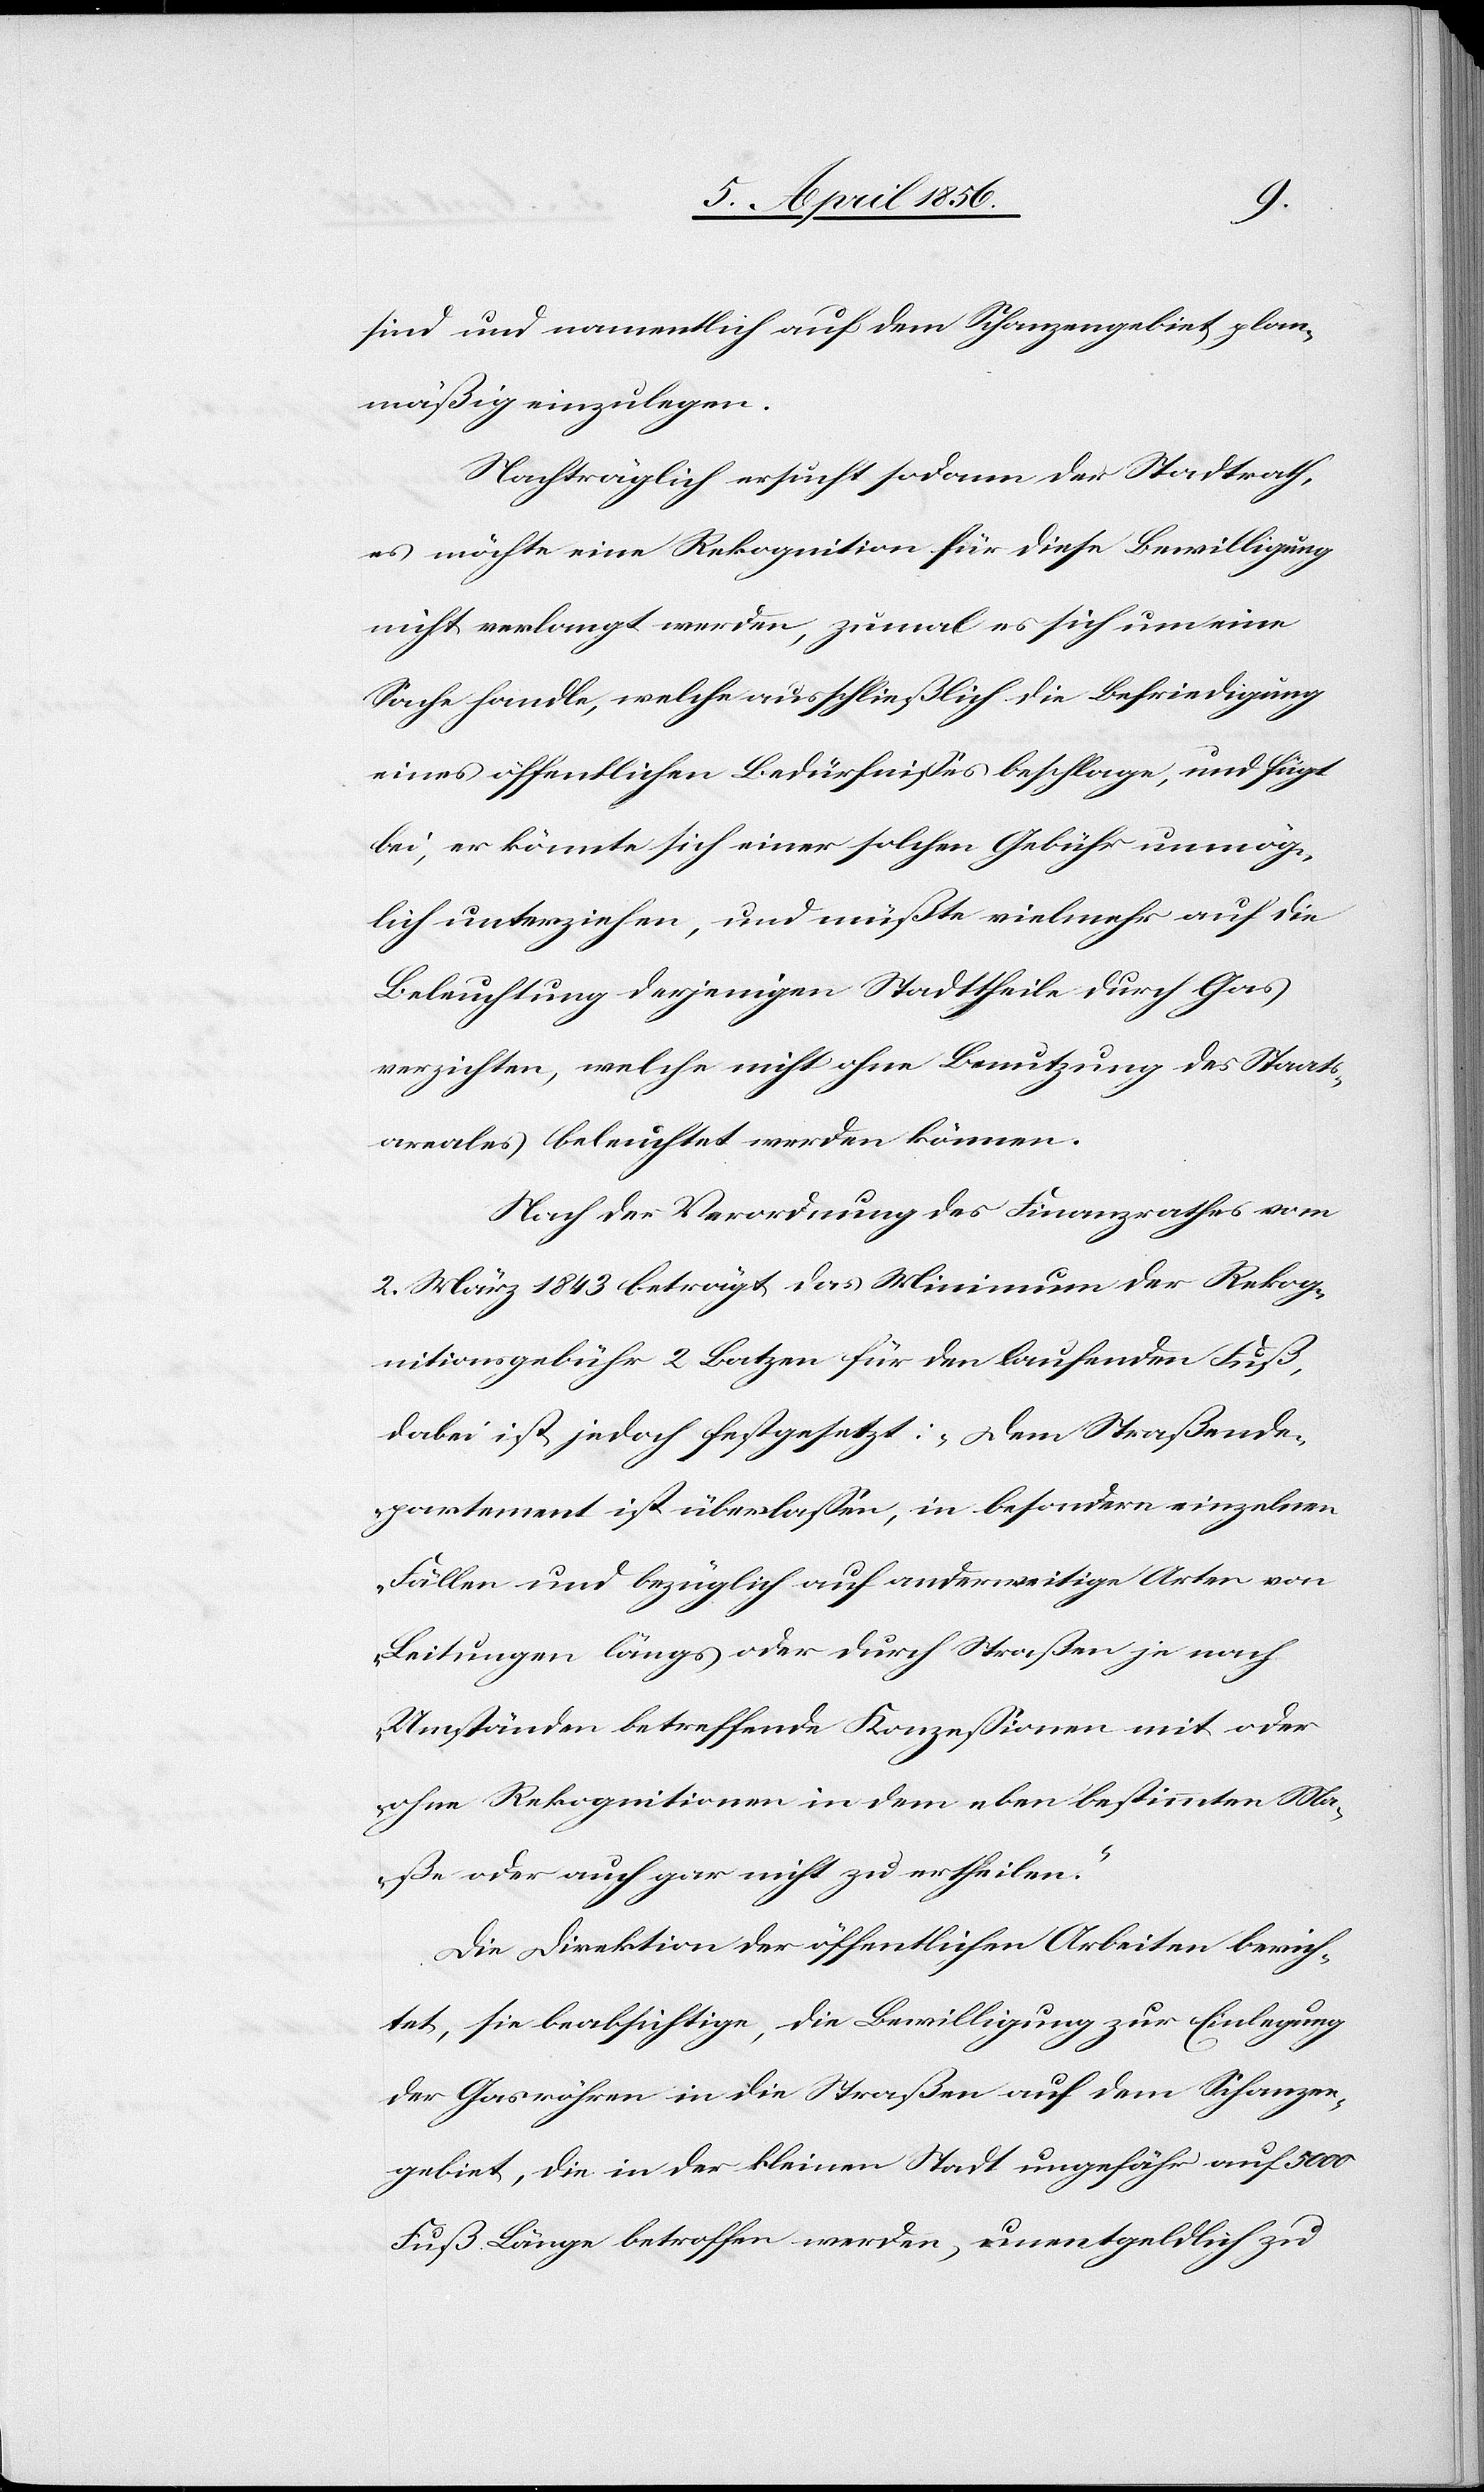
sind und namentlich auf dem Schanzengebiet plan¬
mäßig einzulegen.
Nachträglich ersucht sodann der Stadtrath,
es möchte eine Rekognition für diese Bewilligung
nicht verlangt werden, zumal es sich um eine
Sache handle, welche ausschließlich die Befriedigung
eines öffentlichen Bedürfnisses beschlage, und fügt
bei, er könnte sich einer solchen Gebühr unmög¬
lich unterziehen, und müßte vielmehr auf die
Beleuchtung derjenigen Stadttheile durch Gas
verzichten, welche nicht ohne Benutzung des Staats¬
areales beleuchtet werden können.
Nach der Verordnung des Finanzrathes vom
2. März 1843 beträgt das Minimum der Rekog¬
nitionsgebühr 2 Batzen für den laufenden Fuß,
dabei ist jedoch festgesetzt: „Dem Straßende¬
partement ist überlassen, in besondern einzelnen
Fällen und bezüglich auf anderweitige Arten von
Leitungen längs oder durch Straßen je nach
Umständen betreffende Konzessionen mit oder
ohne Rekognitionen in dem eben bestimmten Ma¬
ße oder auch gar nicht zu ertheilen.“
Die Direktion der öffentlichen Arbeiten berich¬
tet, sie beabsichtige die Bewilligung zur Einlegung
der Gasröhren in die Straßen auf dem Schanzen¬
gebiet, die in der kleinen Stadt ungefähr auf 5000
Fuß Länge betroffen werden, unentgeldlich zu